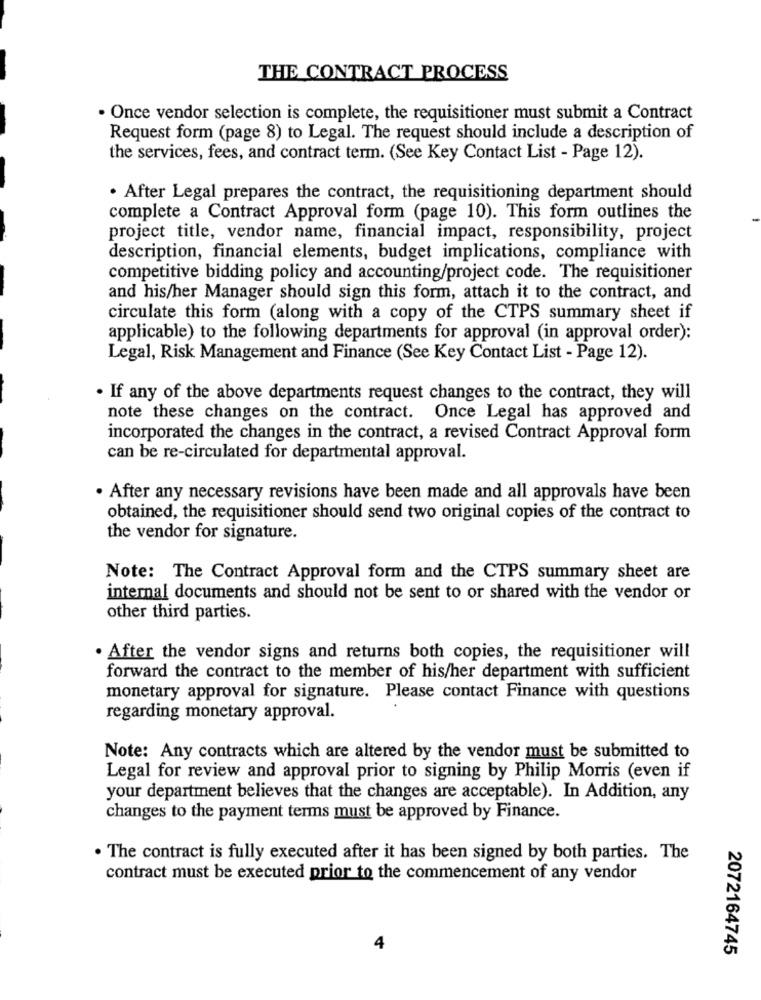
THE CONTRACT PROCESS
. Once vendor selection is complete, the requisitioner must submit a Contract
Request form (page 8) to Legal. The request should include a description of
the services, fees, and contract term. (See Key Contact List - Page 12).
. After Legal prepares the contract, the requisitioning department should
complete a Contract Approval form (page 10). This form outlines the
project title, vendor name, financial impact, responsibility, project
description, financial elements, budget implications, compliance with
competitive bidding policy and accounting/project code. The requisitioner
and his/her Manager should sign this form, attach it to the contract, and
circulate this form (along with a copy of the CTPS summary sheet if
applicable) to the following departments for approval (in approval order):
Legal, Risk Management and Finance (See Key Contact List - Page 12).
. If any of the above departments request changes to the contract, they will
note these changes on the contract. Once Legal has approved and
incorporated the changes in the contract, a revised Contract Approval form
can be re-circulated for departmental approval.
. After any necessary revisions have been made and all approvals have been
obtained, the requisitioner should send two original copies of the contract to
the vendor for signature.
Note: The Contract Approval form and the CTPS summary sheet are
internal documents and should not be sent to or shared with the vendor or
other third parties.
. After the vendor signs and returns both copies, the requisitioner will
forward the contract to the member of his/her department with sufficient
monetary approval for signature. Please contact Finance with questions
regarding monetary approval.
Note: Any contracts which are altered by the vendor must be submitted to
Legal for review and approval prior to signing by Philip Morris (even if
your department believes that the changes are acceptable). In Addition, any
changes to the payment terms must be approved by Finance.
. The contract is fully executed after it has been signed by both parties. The
contract must be executed prior to the commencement of any vendor
2072164745